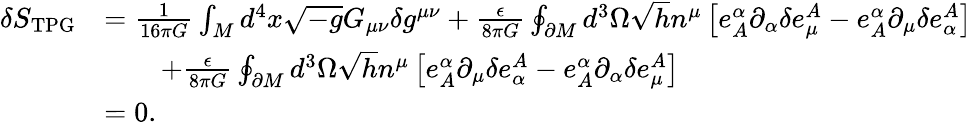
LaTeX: \begin{array}{rl}{\delta S_{\mathrm{TPG}}}&{=\frac{1}{16\pi G}\int_{M}d^{4}x\sqrt{-g}G_{\mu\nu}\delta g^{\mu\nu}+\frac{\epsilon}{8\pi G}\oint_{\partial M}d^{3}\Omega\sqrt{h}n^{\mu}\left[e_{A}^{\alpha}\partial_{\alpha}\delta e_{\mu}^{A}-e_{A}^{\alpha}\partial_{\mu}\delta e_{\alpha}^{A}\right]}\\ &{\qquad+\frac{\epsilon}{8\pi G}\oint_{\partial M}d^{3}\Omega\sqrt{h}n^{\mu}\left[e_{A}^{\alpha}\partial_{\mu}\delta e_{\alpha}^{A}-e_{A}^{\alpha}\partial_{\alpha}\delta e_{\mu}^{A}\right]}\\ &{=0.}\end{array}